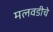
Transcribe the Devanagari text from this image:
मलवडीचे